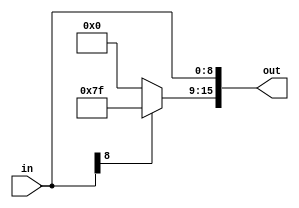
module se79_16(in,out);
input wire [8:0] in;
output reg [15:0] out;
reg [6:0] pad;

always @(*) 
begin 
if (in[8])begin
	pad= 7'b1111111;
	end
	else begin
	pad= 7'b0;
	end
	out = {pad,in};
end
endmodule